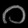
Digit: ၀